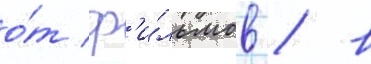
о́т ф'и́льмов / в